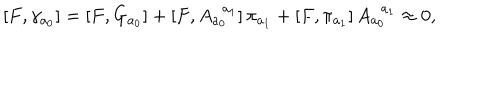
\left[ F , \gamma _ { a _ { 0 } } \right] = \left[ F , G _ { a _ { 0 } } \right] + \left[ F , A _ { a _ { 0 } } ^ { \; \; a _ { 1 } } \right] \pi _ { a _ { 1 } } + \left[ F , \pi _ { a _ { 1 } } \right] A _ { a _ { 0 } } ^ { \; \; a _ { 1 } } \approx 0 ,